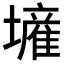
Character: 𱘐